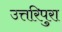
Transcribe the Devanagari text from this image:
उत्तरिपुरा